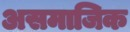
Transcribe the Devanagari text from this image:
असमाजिक